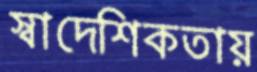
স্বাদেশিকতায়